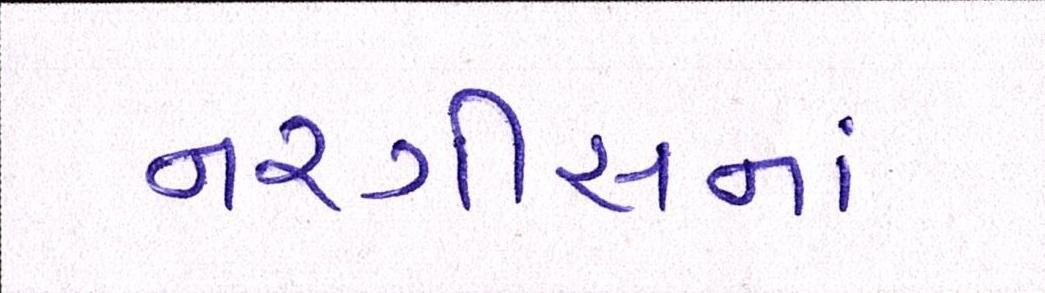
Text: નરગીસનાં